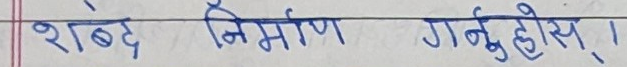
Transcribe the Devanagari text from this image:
शब्द निर्माण गर्नुहोस्।